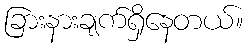
ခြားနားချက်ရှိနေတယ်။